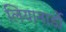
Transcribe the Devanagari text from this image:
लियानार्डो